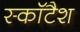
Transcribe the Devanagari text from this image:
स्कॉटैश